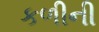
કળીની